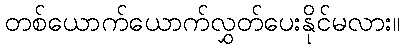
တစ်ယောက်ယောက်လွှတ်ပေးနိုင်မလား။